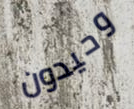
وحيدون